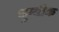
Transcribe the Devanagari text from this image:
थुग्यीक